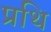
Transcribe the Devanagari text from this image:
प्रथि